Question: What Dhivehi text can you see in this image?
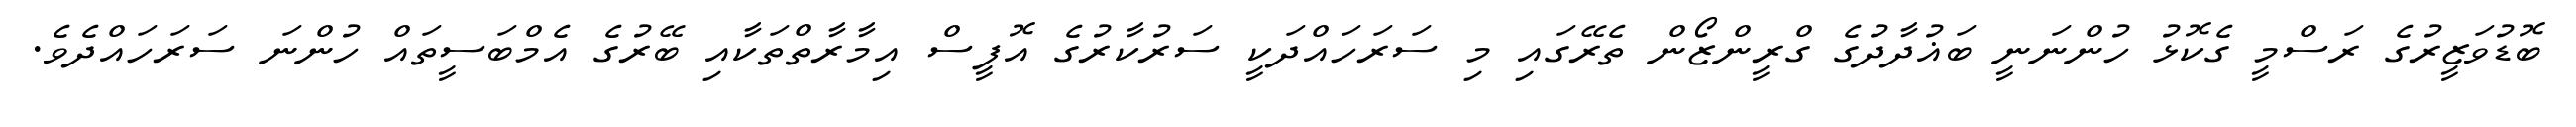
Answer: ބޮޑުވަޒީރުގެ ރަސްމީ ގެކޮޅު ހުންނަނީ ބަޣުދާދުގެ ގްރީންޒޯން ތެރޭގައި މި ސަރަހައްދަކީ ސަރުކާރުގެ އޮފީސް އިމާރާތްތަކާއި ބޭރުގެ އެމްބަސީތައް ހުންނަ ސަރަހައްދެވެ.